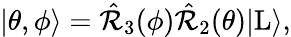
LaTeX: \begin{array}{r}{|\theta,\phi\rangle=\hat{\mathcal{R}}_{3}(\phi)\hat{\mathcal{R}}_{2}(\theta)|\mathrm{L}\rangle,}\end{array}